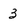
Character: 3